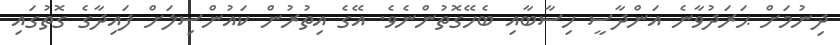
ދިނުމަށް ޙަރަދުވާނެ އަންދާސީ ހިސާބާއި ބެހޭގޮތުންނެވެ. އޭގެ އިތުރުން ކައުންސިލަށް ފައިދާގެ ގޮތުގައި